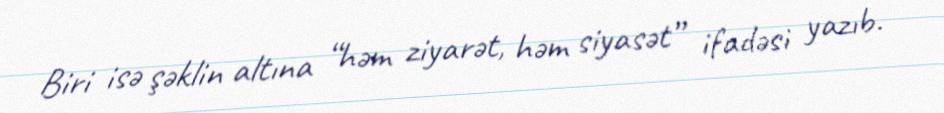
Biri isə şəklin altına “həm ziyarət, həm siyasət” ifadəsi yazıb.